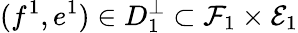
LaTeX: (f^{1},e^{1})\in D_{1}^{\bot}\subset\mathcal{F}_{1}\times\mathcal{E}_{1}